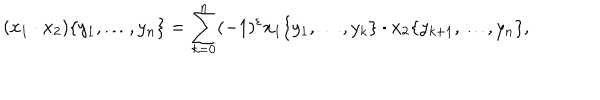
LaTeX: ( x _ { 1 } \cdot x _ { 2 } ) \{ y _ { 1 } , \dots , y _ { n } \} = \sum _ { k = 0 } ^ { n } ( - 1 ) ^ { \varepsilon } x _ { 1 } \{ y _ { 1 } , \dots , y _ { k } \} \cdot x _ { 2 } \{ y _ { k + 1 } , \dots , y _ { n } \} ,